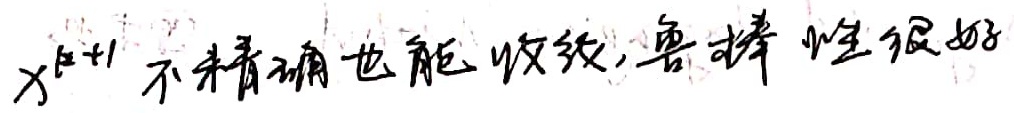
\(x^{k + 1}\) 不精确也能收敛, 鲁棒性很好